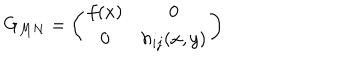
LaTeX: G _ { M N } = \left( \begin{array} { c c } { { f ( x ) } } & { { 0 } } \\ { { 0 } } & { { h _ { i j } ( x , y ) } } \\ \end{array} \right)